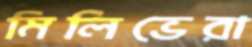
মিলিভেরা